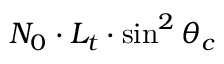
N _ { 0 } \cdot L _ { t } \cdot \sin ^ { 2 } \theta _ { c }